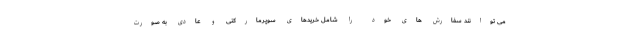
می توانند سفارش های خود را شامل خریدهای سوپرمارکتی و عادی به صورت